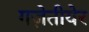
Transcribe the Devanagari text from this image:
गज़ेतीयेर